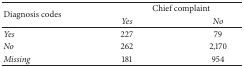
<table><thead><tr><td rowspan="2"><b>Diagnosis codes</b></td><td colspan="2"><b>Chief complaint</b></td></tr><tr><td><b><i>Yes</i></b></td><td><b><i>No</i></b></td></tr></thead><tbody><tr><td><i>Yes</i></td><td>227</td><td>79</td></tr><tr><td><i>No</i></td><td>262</td><td>2,170</td></tr><tr><td><i>Missing</i></td><td>181</td><td>954</td></tr></tbody></table>